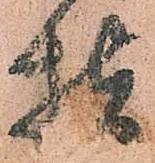
指